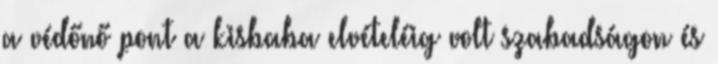
a védőnő pont a kisbaba elvételéig volt szabadságon és